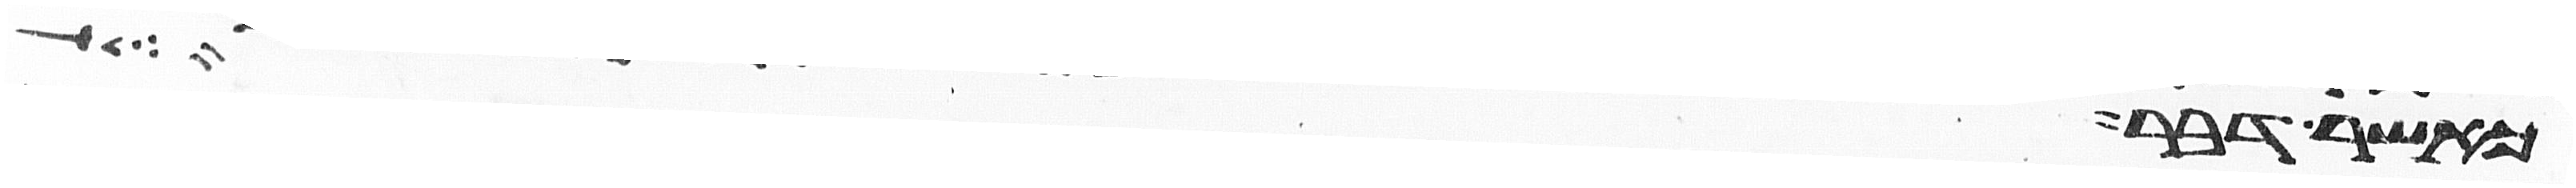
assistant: כאשר דבר לך